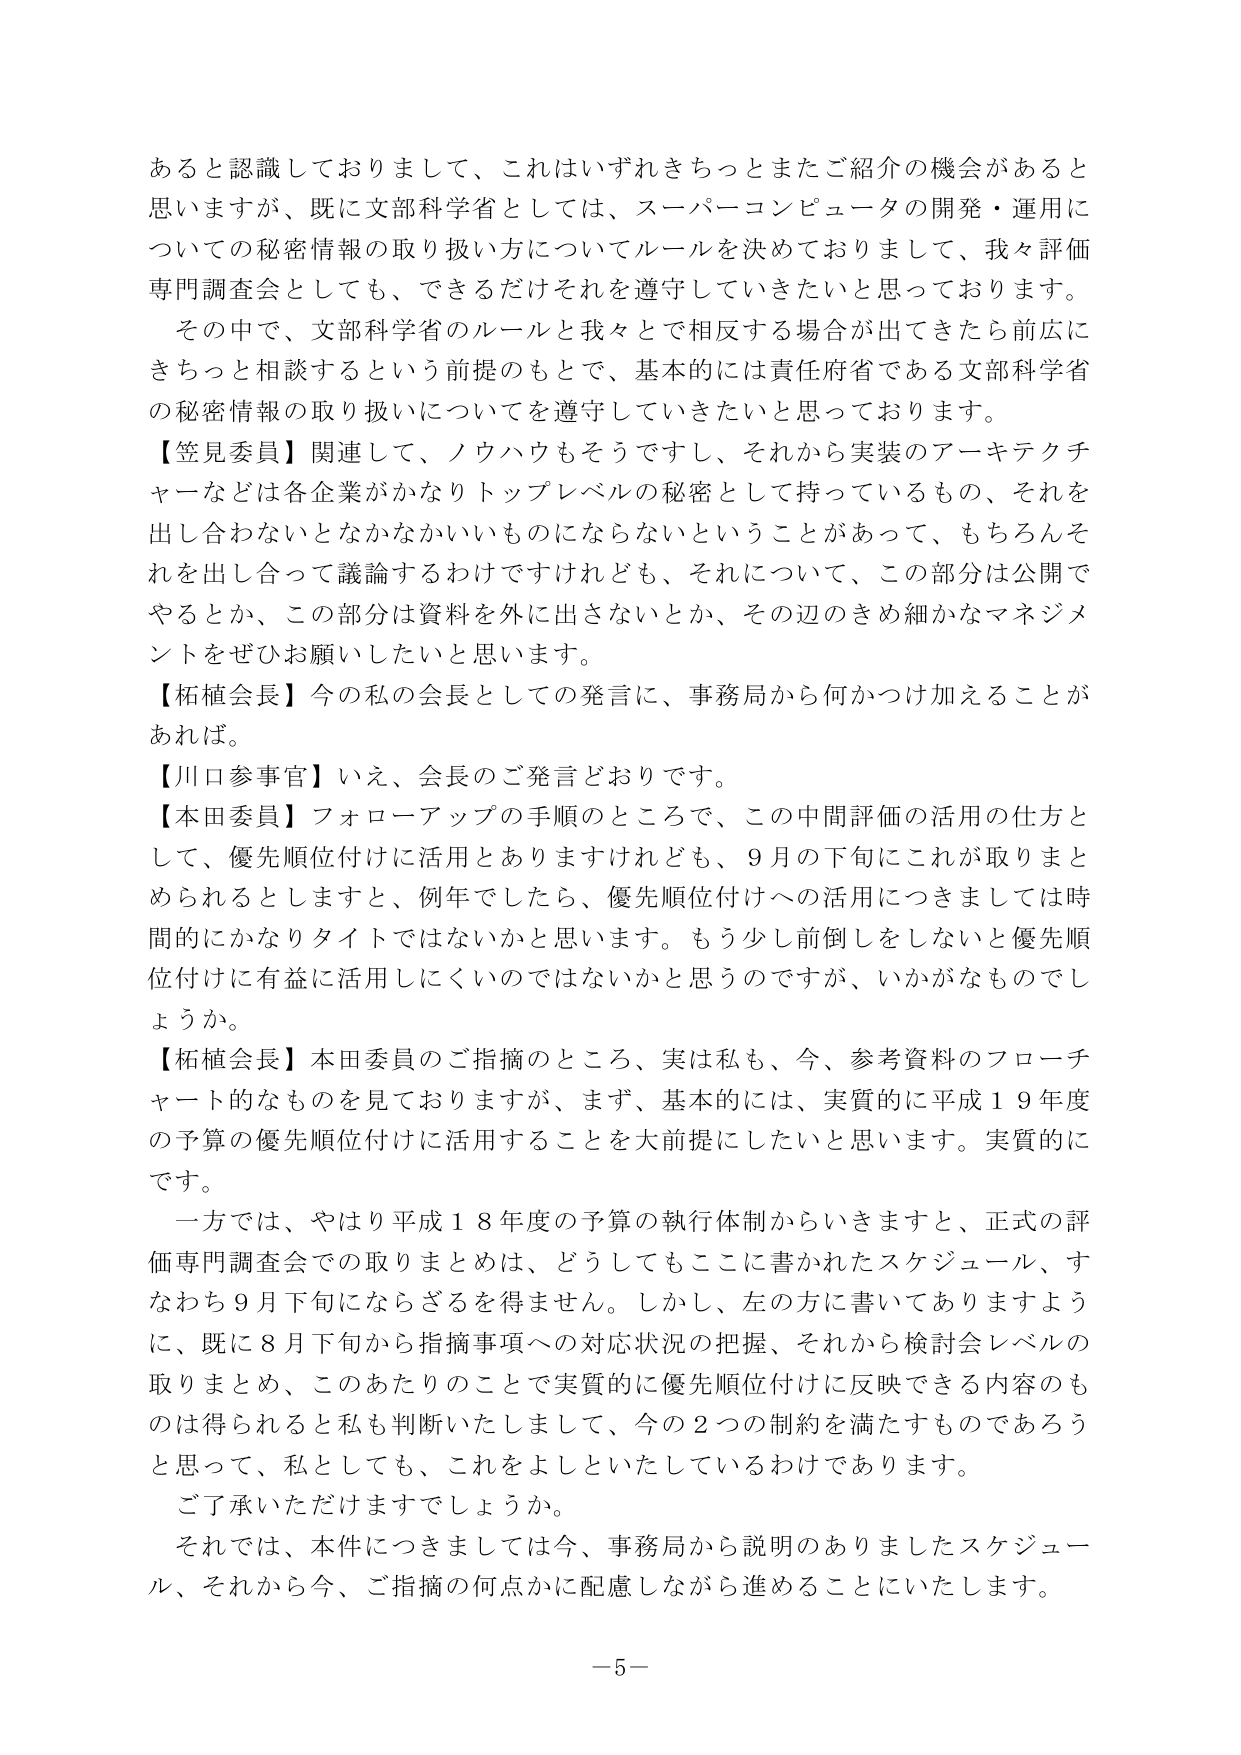
あると認識しておりまして、これはいずれきちっとまたご紹介の機会があると思いますが、既に文部科学省としては、スーパーコンピュータの開発・運用についての秘密情報の取り扱い方についてルールを決めておりまして、我々評価専門調査会としても、できるだけそれを遵守していきたいと思っております。

その中で、文部科学省のルールと我々とで相反する場合が出てきたら前広にきちっと相談するという前提のもとで、基本的には責任府省である文部科学省の秘密情報の取り扱いについてを遵守していきたいと思っております。

【笠見委員】関連して、ノウハウもそうですし、それから実装のアーキテクチャーなどは各企業がかなりトップレベルの秘密として持っているもの、それを出し合わないとなかなかいいものにならないということがあって、もちろんそれを出し合って議論するわけですけれども、それについて、この部分は公開でやるとか、この部分は資料を外に出さないとか、その辺のきめ細かなマネジメントをぜひお願いしたいと思います。

【柘植会長】今の私の会長としての発言に、事務局から何かつけ加えることがあれば。

【川口参事官】いえ、会長のご発言どおりです。

【本田委員】フォローアップの手順のところで、この中間評価の活用の仕方として、優先順位付けに活用とありますけれども、9月の下旬にこれが取りまとめられるとしますと、例年でしたら、優先順位付けへの活用につきましては時間的にかなりタイトではないかと思います。もう少し前倒しをしないと優先順位付けに有益に活用しにくいのではないかと思うのですが、いかがなものでしょうか。

【柘植会長】本田委員のご指摘のところ、実は私も、今、参考資料のフローチャート的なものを見ておりますが、まず、基本的には、実質的に平成19年度の予算の優先順位付けに活用することを大前提にしたいと思います。実質的にです。

一方では、やはり平成18年度の予算の執行体制からいきますと、正式の評価専門調査会での取りまとめは、どうしてもここに書かれたスケジュール、すなわち9月下旬にならざるを得ません。しかし、左の方に書いてありますように、既に8月下旬から指摘事項への対応状況の把握、それから検討会レベルの取りまとめ、このあたりのことで実質的に優先順位付けに反映できる内容のものは得られると私も判断いたしまして、今の2つの制約を満たすものであろうと思って、私としても、これをよしといたしているわけであります。

ご了承いただけますでしょうか。

それでは、本件につきましては今、事務局から説明のありましたスケジュール、それから今、ご指摘の何点かに配慮しながら進めることにいたします。

－5－